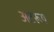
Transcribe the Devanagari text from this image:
अटरूष